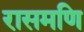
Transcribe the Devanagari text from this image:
रासमणि